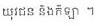
យុវជន និងកីឡា ។